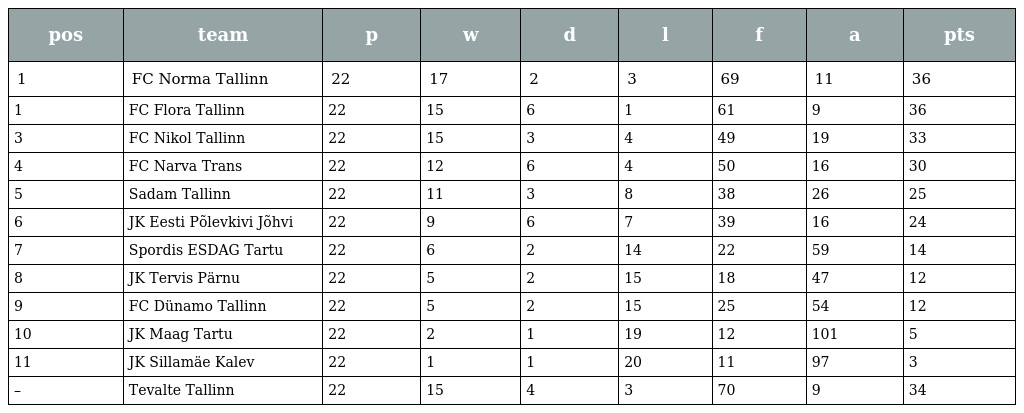
| pos | team | p | w | d | l | f | a | pts |
 | --- | --- | --- | --- | --- | --- | --- | --- | --- |
 | 1 | FC Norma Tallinn | 22 | 17 | 2 | 3 | 69 | 11 | 36 |
 | 1 | FC Flora Tallinn | 22 | 15 | 6 | 1 | 61 | 9 | 36 |
 | 3 | FC Nikol Tallinn | 22 | 15 | 3 | 4 | 49 | 19 | 33 |
 | 4 | FC Narva Trans | 22 | 12 | 6 | 4 | 50 | 16 | 30 |
 | 5 | Sadam Tallinn | 22 | 11 | 3 | 8 | 38 | 26 | 25 |
 | 6 | JK Eesti Põlevkivi Jõhvi | 22 | 9 | 6 | 7 | 39 | 16 | 24 |
 | 7 | Spordis ESDAG Tartu | 22 | 6 | 2 | 14 | 22 | 59 | 14 |
 | 8 | JK Tervis Pärnu | 22 | 5 | 2 | 15 | 18 | 47 | 12 |
 | 9 | FC Dünamo Tallinn | 22 | 5 | 2 | 15 | 25 | 54 | 12 |
 | 10 | JK Maag Tartu | 22 | 2 | 1 | 19 | 12 | 101 | 5 |
 | 11 | JK Sillamäe Kalev | 22 | 1 | 1 | 20 | 11 | 97 | 3 |
 | – | Tevalte Tallinn | 22 | 15 | 4 | 3 | 70 | 9 | 34 |